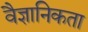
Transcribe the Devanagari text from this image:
वैज्ञानिकता